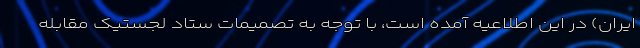
ایران) در این اطلاعیه آمده است، با توجه به تصمیمات ستاد لجستیک مقابله